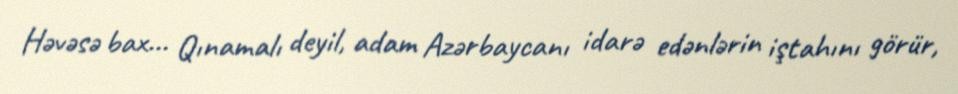
Həvəsə bax... Qınamalı deyil, adam Azərbaycanı idarə edənlərin iştahını görür,